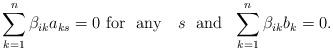
LaTeX: \begin{align*}\sum_{k=1}^n\beta_{ik}a_{ks}=0 \ \mbox{for \ any \ } \ s \ \ \mbox{and} \ \ \sum_{k=1}^n\beta_{ik}b_k=0.\end{align*}